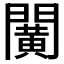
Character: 𨶰